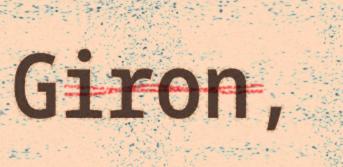
Giron,